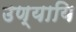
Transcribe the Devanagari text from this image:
उण्यायि